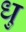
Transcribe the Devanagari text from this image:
धु